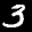
Label: 3